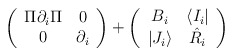
\begin{align*}\left( \begin{array}{cc}\Pi\partial_{i}\Pi & 0\\0& \partial_{i} \end{array}\right) + \left( \begin{array}{cc} B_{i} & \langle I_{i}| \\|J_{i}\rangle & \hat R_{i} \end{array} \right)\end{align*}